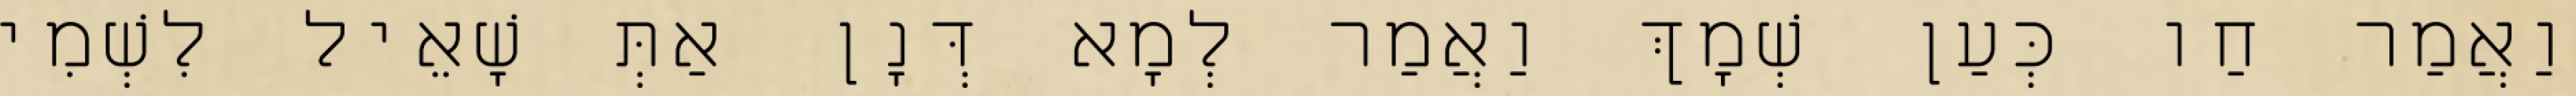
וַאֲמַר חַו כְּעַן שְׁמָךְ וַאֲמַר לְמָא דְּנָן אַתְּ שָׁאֵיל לִשְׁמִי